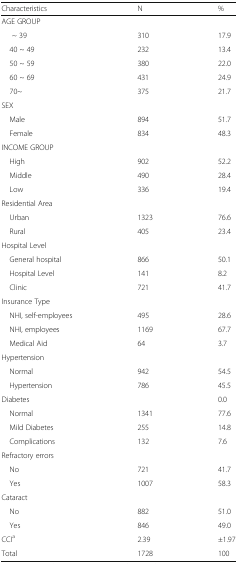
| Characteristics | N | % |
 | --- | --- | --- |
 | <COLSPAN=3> AGE GROUP |
 | ~ 39 | 310 | 17.9 |
 | 40 ~ 49 | 232 | 13.4 |
 | 50 ~ 59 | 380 | 22.0 |
 | 60 ~ 69 | 431 | 24.9 |
 | 70~ | 375 | 21.7 |
 | <COLSPAN=3> SEX |
 | Male | 894 | 51.7 |
 | Female | 834 | 48.3 |
 | <COLSPAN=3> INCOME GROUP |
 | High | 902 | 52.2 |
 | Middle | 490 | 28.4 |
 | Low | 336 | 19.4 |
 | <COLSPAN=3> Residential Area |
 | Urban | 1323 | 76.6 |
 | Rural | 405 | 23.4 |
 | <COLSPAN=3> Hospital Level |
 | General hospital | 866 | 50.1 |
 | Hospital Level | 141 | 8.2 |
 | Clinic | 721 | 41.7 |
 | <COLSPAN=3> Insurance Type |
 | NHI, self-employees | 495 | 28.6 |
 | NHI, employees | 1169 | 67.7 |
 | Medical Aid | 64 | 3.7 |
 | <COLSPAN=3> Hypertension |
 | Normal | 942 | 54.5 |
 | Hypertension | 786 | 45.5 |
 | Diabetes |  | 0.0 |
 | Normal | 1341 | 77.6 |
 | Mild Diabetes | 255 | 14.8 |
 | Complications | 132 | 7.6 |
 | <COLSPAN=3> Refractory errors |
 | No | 721 | 41.7 |
 | Yes | 1007 | 58.3 |
 | <COLSPAN=3> Cataract |
 | No | 882 | 51.0 |
 | Yes | 846 | 49.0 |
 | CCIa | 2.39 | ±1.97 |
 | Total | 1728 | 100 |